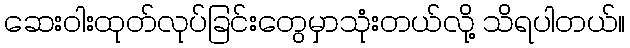
ဆေးဝါးထုတ်လုပ်ခြင်းတွေမှာသုံးတယ်လို့ သိရပါတယ်။